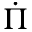
\dot { \Pi }